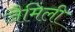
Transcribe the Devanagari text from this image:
जैमिली